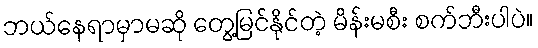
ဘယ်နေရာမှာမဆို တွေ့မြင်နိုင်တဲ့ မိန်းမစီး စက်ဘီးပါပဲ။